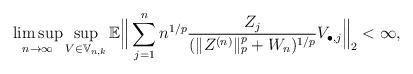
LaTeX: \begin{align*}\limsup_{n \to \infty} \sup_{V \in \mathbb{V}_{n,k}} \mathbb{E}\Big\lVert\sum_{j=1}^n n^{1/p} \frac{Z_j}{(\lVert Z^{(n)} \rVert_p^p + W_n)^{1/p}} V_{\bullet,j} \Big\rVert_2 < \infty,\end{align*}